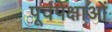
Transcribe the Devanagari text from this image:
पूर्वपेक्षाओं